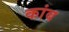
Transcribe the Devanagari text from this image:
कांब